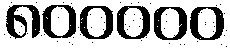
၈၀၀၀၀၀